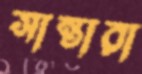
সান্তারা